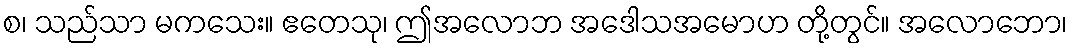
စ၊ သည်သာ မကသေး။ ဧတေသု၊ ဤအလောဘ အဒေါသအမောဟ တို့တွင်။ အလောဘော၊